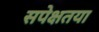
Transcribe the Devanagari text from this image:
सपेक्षतया